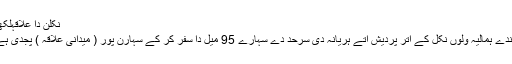
نکلن دا علاقہلکھو
لہندے ہمالیہ ولوں نکل کے اتر پردیش اتے ہریانہ دی سرحد دے سہارے 95 میل دا سفر کر کے سہارن پور ( میدانی علاقہ ) پجدی ہے۔